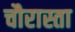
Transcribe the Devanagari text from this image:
चौरास्ता